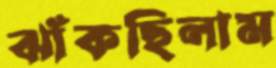
ঝাঁকছিলাম